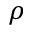
\rho